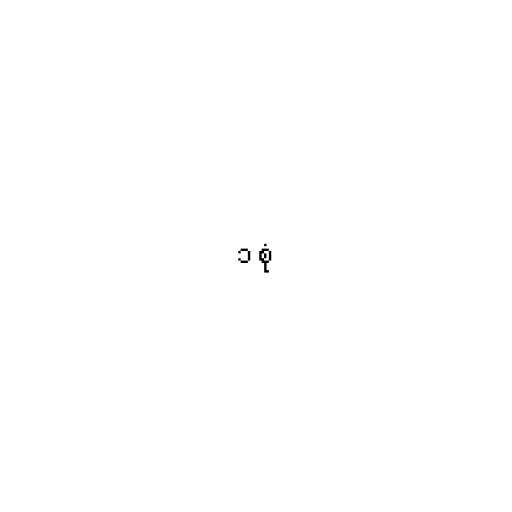
၁ စုံ